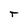
Character: r